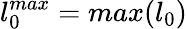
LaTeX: l_{0}^{max}=max(l_{0})